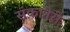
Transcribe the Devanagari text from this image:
संकानेरी